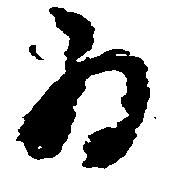
為